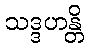
သဒ္ဒဟန္တိ